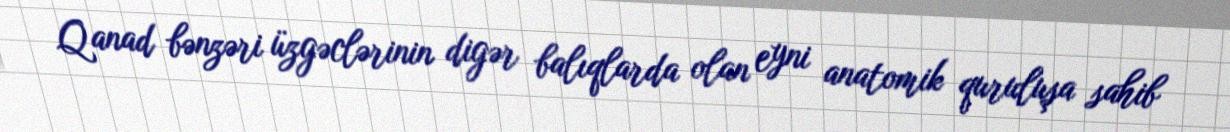
Qanad bənzəri üzgəclərinin digər balıqlarda olan eyni anatomik quruluşa sahib